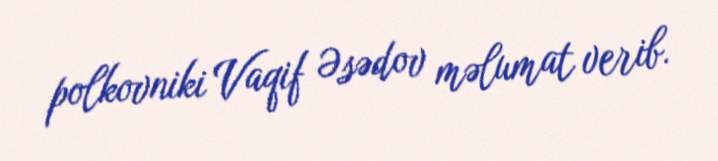
polkovniki Vaqif Əsədov məlumat verib.